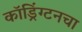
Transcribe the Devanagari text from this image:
कॉड्रिंग्टनचा